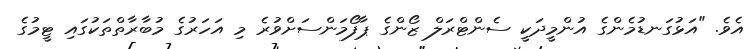
އެވެ. "އަޅުގަނޑުމެންގެ އުންމީދަކީ ސެންޓްރަލް ޒޯންގެ ޕާފޯމަންސަށްވުރެ މި އަހަރުގެ މުބާރާތްތަކުގައި ޓީމުގެ